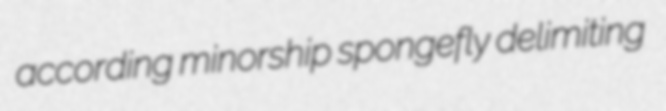
according minorship spongefly delimiting